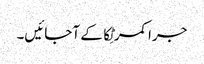
جرا کمر ٹِکا کے آجائیں۔